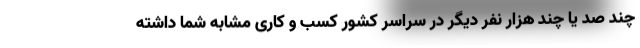
چند صد یا چند هزار نفر دیگر در سراسر کشور کسب و کاری مشابه شما داشته